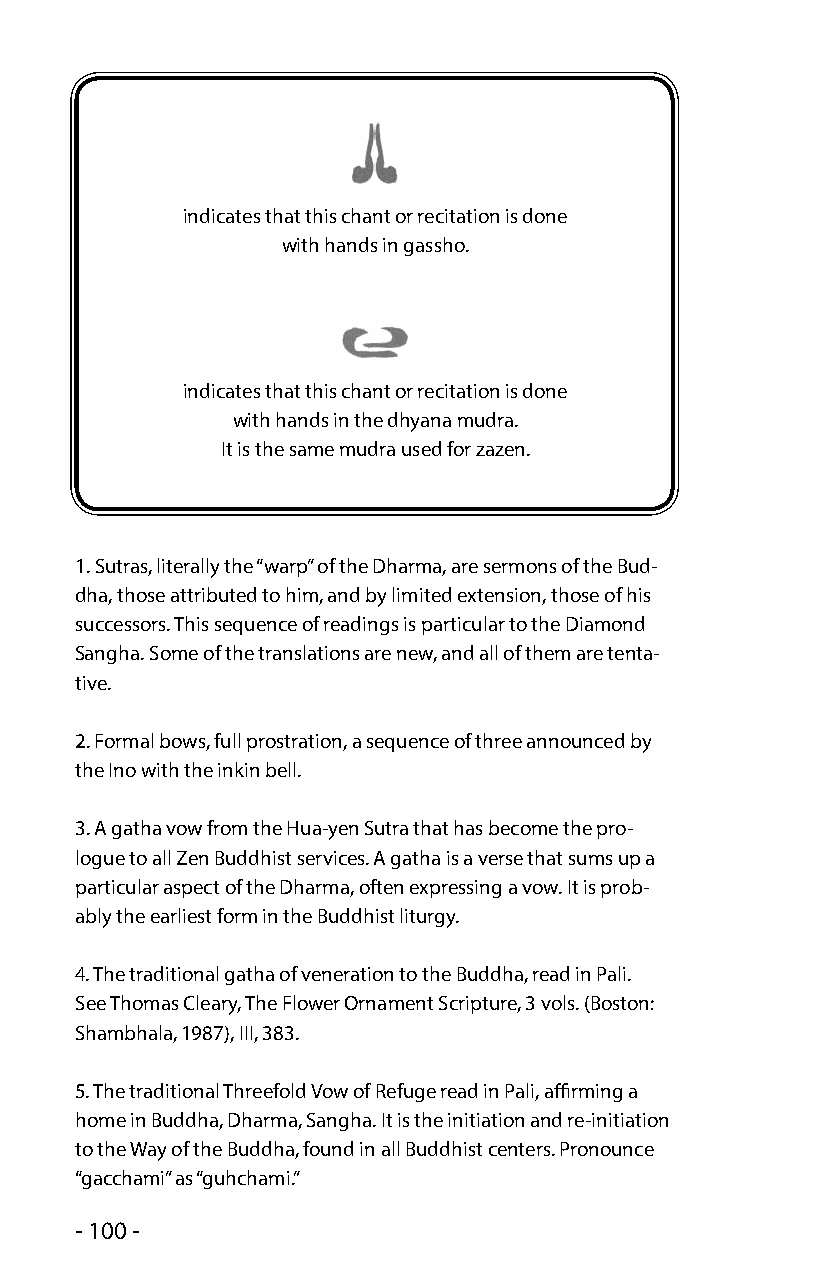
indicates that this chant or recitation is done
 with hands in gassho.
 indicates that this chant or recitation is done
 with hands in the dhyana mudra.
 It is the same mudra used for zazen.
 1. Sutras, literally the “warp” of the Dharma, are sermons of the Bud-
 dha, those attributed to him, and by limited extension, those of his
 successors. This sequence of readings is particular to the Diamond
 Sangha. Some of the translations are new, and all of them are tenta-
 tive.
 2. Formal bows, full prostration, a sequence of three announced by
 the Ino with the inkin bell.
 3. A gatha vow from the Hua-yen Sutra that has become the pro-
 logue to all Zen Buddhist services. A gatha is a verse that sums up a
 particular aspect of the Dharma, often expressing a vow. It is prob-
 ably the earliest form in the Buddhist liturgy.
 4. The traditional gatha of veneration to the Buddha, read in Pali.
 See Thomas Cleary, The Flower Ornament Scripture, 3 vols. (Boston:
 Shambhala, 1987), III, 383.
 5. The traditional Threefold Vow of Refuge read in Pali, affirming a
 home in Buddha, Dharma, Sangha. It is the initiation and re-initiation
 to the Way of the Buddha, found in all Buddhist centers. Pronounce
 “gacchami” as “guhchami.”
 - 100 -